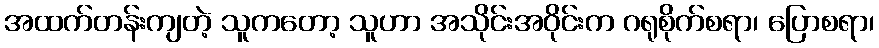
အထက်တန်းကျတဲ့ သူကတော့ သူဟာ အသိုင်းအဝိုင်းက ဂရုစိုက်စရာ၊ ပြောစရာ၊